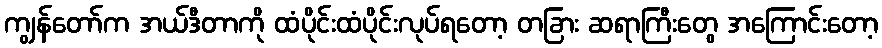
ကျွန်တော်က အယ်ဒီတာကို ထံပိုင်းထံပိုင်းလုပ်ရတော့ တခြား ဆရာကြီးတွေ အကြောင်းတော့